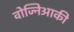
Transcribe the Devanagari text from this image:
वोज्निआकी